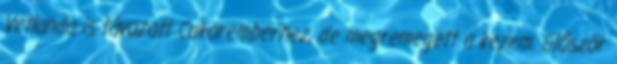
Vetlanda is távozott Cukoremberhez, de megremegett a kezem. Először